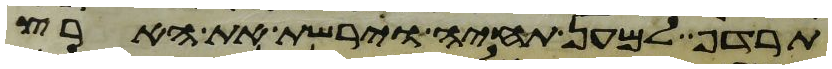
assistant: תרדף למען תחיה וירשת את הארץ